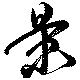
景